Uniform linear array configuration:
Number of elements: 12
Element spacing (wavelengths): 0.25
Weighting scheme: cosine
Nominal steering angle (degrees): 0
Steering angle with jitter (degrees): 1.111
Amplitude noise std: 0.05
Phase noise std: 0.05

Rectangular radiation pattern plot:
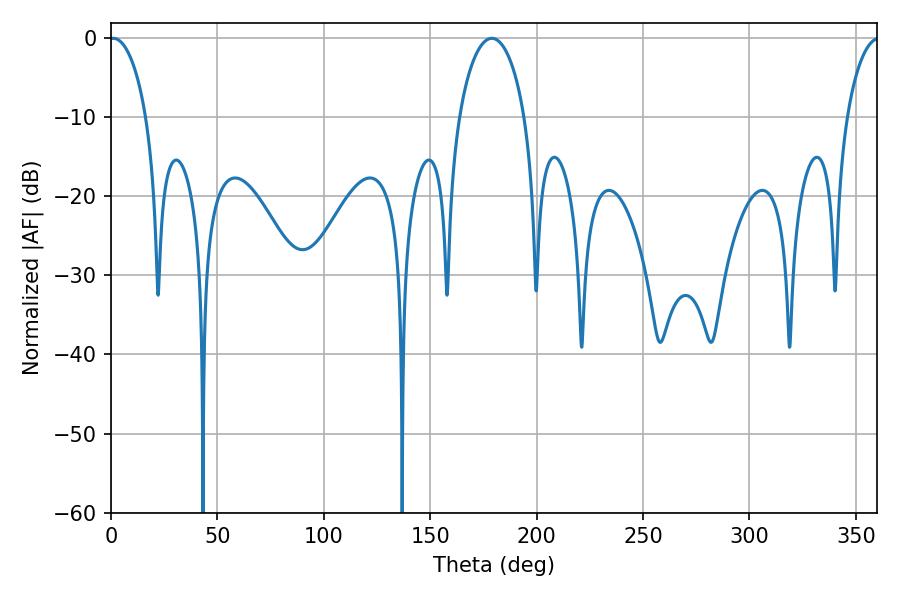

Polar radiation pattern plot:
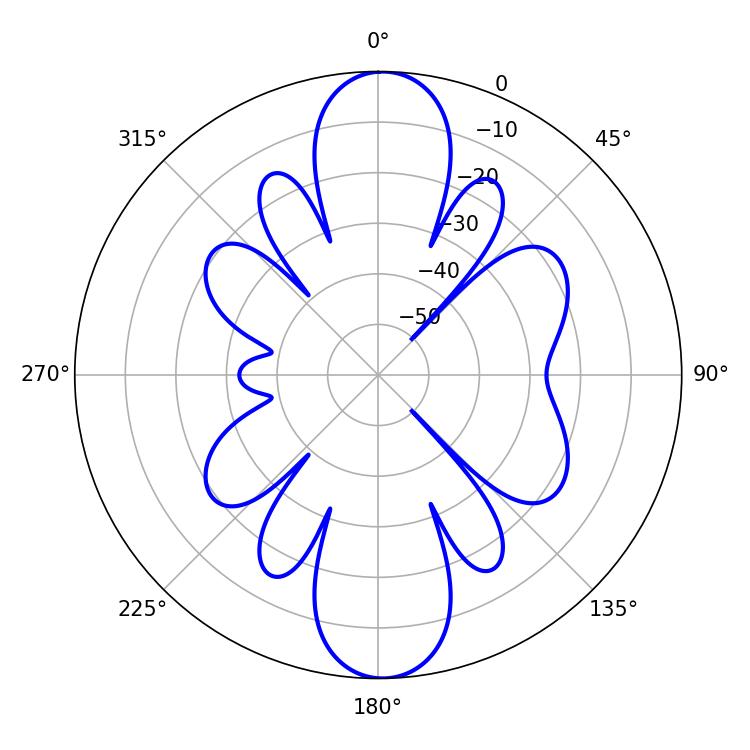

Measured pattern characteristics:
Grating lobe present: FALSE
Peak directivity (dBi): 20.475
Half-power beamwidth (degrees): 9.9
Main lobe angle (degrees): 1.08